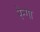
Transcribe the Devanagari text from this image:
रेन्गा